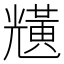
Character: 黋